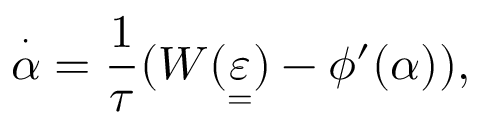
\overset { \cdot } { \alpha } = \frac { 1 } { \tau } ( W ( \underset { = } { \varepsilon } ) - \phi ^ { \prime } ( \alpha ) ) ,